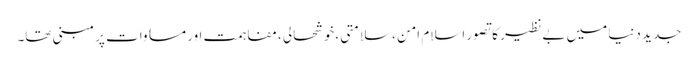
جدید دنیا میں بے نظیر کا تصور اسلام امن ،سلامتی ،خوشحالی ،مفاہمت اور مساوات پر مبنی تھا۔